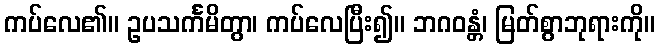
ကပ်လေ၏။ ဥပသင်္ကမိတွာ၊ ကပ်လေပြီး၍။ ဘဂဝန္တံ၊ မြတ်စွာဘုရားကို။